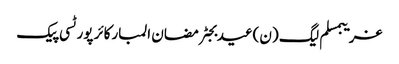
غریبمسلم لیگ (ن)عیدبجٹرمضان المبارکائر پورٹسی پیک